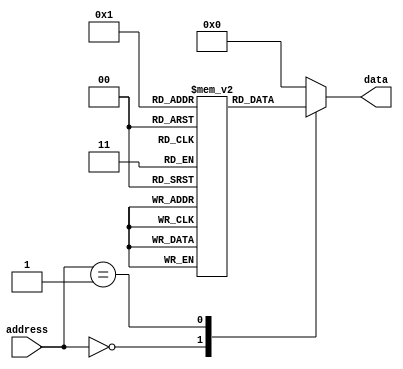
module rom (
    input wire [n_address_bits-1:0] address,
    output reg[out_data_width-1:0] data
);

parameter n_address_bits = 4; // Number of address bits
parameter n_data_bits = 8; // Number of data bits
parameter out_data_width = 8; // Output data width

reg [n_data_bits-1:0] memory [0:(2**n_address_bits)-1]; // Memory array

// Initialize memory with fixed data values
initial begin
    memory[0] = 8'b00000000;
    memory[1] = 8'b00000001;
    // Add more initializations as needed
end

// Read data from memory based on input address
always @* begin
    case(address)
        4'd0: data = memory[0];
        4'd1: data = memory[1];
        // Add more cases for other addresses
        default: data = 8'b00000000; // Default value
    endcase
end

endmodule